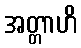
အတ္တာဟိ